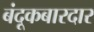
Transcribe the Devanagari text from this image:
बंदूकबारदार